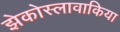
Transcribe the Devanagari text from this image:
झेकोस्लावाकिया